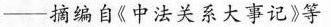
-摘编自《中法关系大事记》等